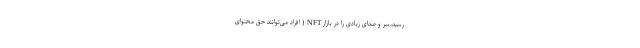
رسید،سر و صدای زیادی را در بازار NFT ( افراد می‌توانند حق محتوای